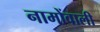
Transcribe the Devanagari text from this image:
नामोंवाली